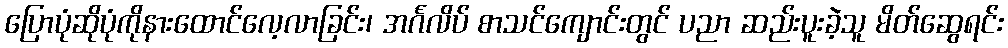
ပြောပုံဆိုပုံကိုနားထောင်လေ့လာခြင်း၊ အင်္ဂလိပ် စာသင်ကျောင်းတွင် ပညာ ဆည်းပူးခဲ့သူ မိတ်ဆွေရင်း